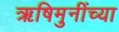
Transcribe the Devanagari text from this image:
ऋषिमुनींच्या